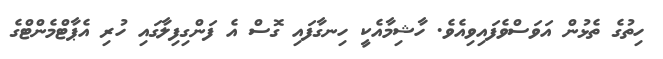
ހިތުގެ ތެޅުން އަވަސްވެފައިވިއެވެ. ހާޝިމާއެކީ ހިނގާފައި ގޮސް އެ ފަންގިފިލާގައި ހުރި އެޕާޓްމެންޓްގެ